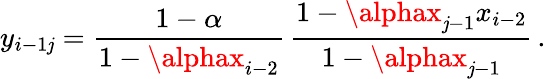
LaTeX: y_{i-1\mathit{j}}=\frac{{1-\alpha}}{{1-\alphax_{i-2}}}\, \frac{{1-\alphax_{\mathit{j}-1}x_{i-2}}}{{1-\alphax_{\mathit{j}-1}}}\, .